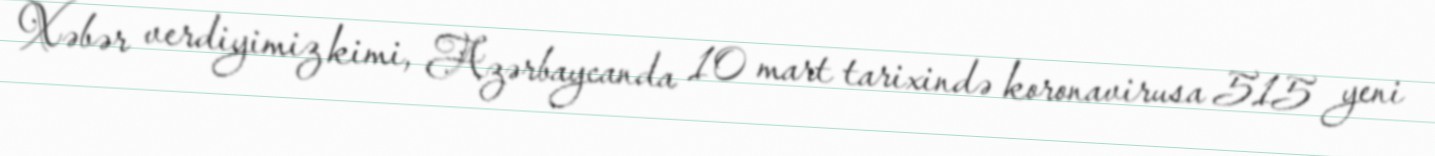
Xəbər verdiyimiz kimi, Azərbaycanda 10 mart tarixində koronavirusa 515 yeni